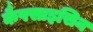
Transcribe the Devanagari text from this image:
कैपसाइसिन